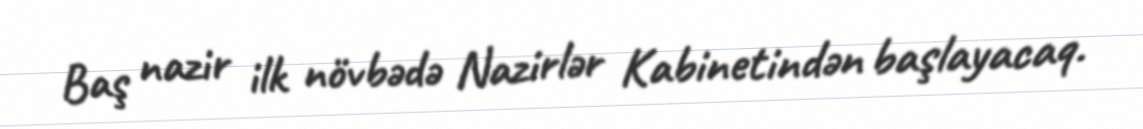
Baş nazir ilk növbədə Nazirlər Kabinetindən başlayacaq.